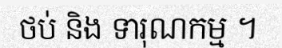
ថប់ និង ទារុណកម្ម ។